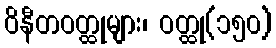
ဝိနီတဝတ္ထုများ၊ ဝတ္ထု(၁၅၀)